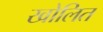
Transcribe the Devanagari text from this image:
खोलित